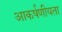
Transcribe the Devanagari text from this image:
आकर्षणीयता